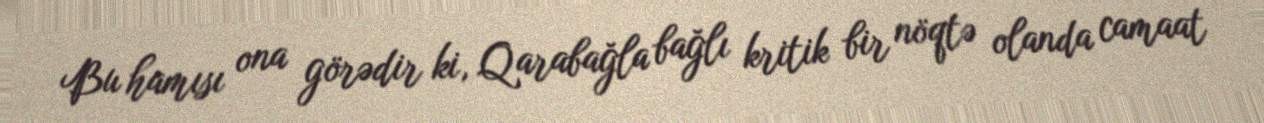
Bu hamısı ona görədir ki, Qarabağla bağlı kritik bir nöqtə olanda camaat